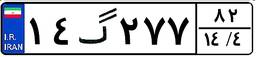
۴۴گ۴۱۹۱۰